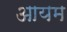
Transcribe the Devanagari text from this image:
आयम